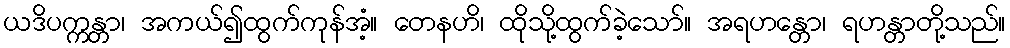
ယဒိပက္ကန္တာ၊ အကယ်၍ထွက်ကုန်အံ့။ တေနဟိ၊ ထိုသို့ထွက်ခဲ့သော်။ အရဟန္တော၊ ရဟန္တာတို့သည်။